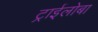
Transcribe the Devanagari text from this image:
ट्राईलोबा